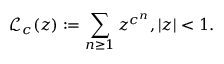
{ \mathcal { L } } _ { c } ( z ) : = \sum _ { n \geq 1 } z ^ { c ^ { n } } , | z | < 1 .